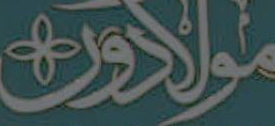
مولادون